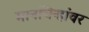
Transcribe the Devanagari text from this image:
मानचिन्हांवर